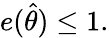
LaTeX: e({\hat{\theta}})\leq 1.